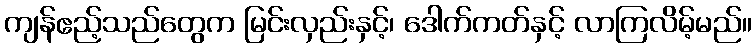
ကျန်ဧည့်သည်တွေက မြင်းလှည်းနှင့်၊ ဒေါက်ကတ်နှင့် လာကြလိမ့်မည်။